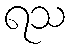
ရသ